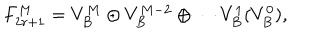
LaTeX: F _ { 2 r + 1 } ^ { M } = V _ { B } ^ { M } \oplus V _ { B } ^ { M - 2 } \oplus \cdots V _ { B } ^ { 1 } ( V _ { B } ^ { 0 } ) ,